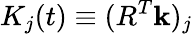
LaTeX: K_{j}(t)\equiv(R^{T}{\mathbf k})_{j}